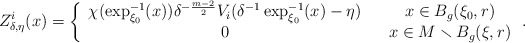
\begin{align*}Z_{\delta,\eta}^{i}(x)=\left\{ \begin{array}{ccc}\chi(\exp_{\xi_{0}}^{-1}(x))\delta^{-\frac{m-2}{2}}V_{i}(\delta^{-1}\exp_{\xi_{0}}^{-1}(x)-\eta) & & x\in B_{g}(\xi_{0},r)\\0 & & x\in M\smallsetminus B_{g}(\xi,r)\end{array}\right..\end{align*}